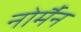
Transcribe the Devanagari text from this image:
नोर्मैन